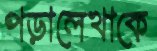
পড়ালেখাকে